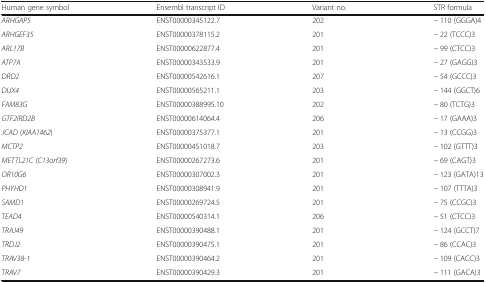
| Human gene symbol | Ensembl transcript ID | Variant no. | STR formula |
 | --- | --- | --- | --- |
 | ARHGAP5 | ENST00000345122.7 | 202 | − 110 (GGGA)4 |
 | ARHGEF35 | ENST00000378115.2 | 201 | − 22 (TCCC)3 |
 | ARL17B | ENST00000622877.4 | 201 | − 99 (CTCC)3 |
 | ATP7A | ENST00000343533.9 | 201 | − 27 (GAGG)3 |
 | DRD2 | ENST00000542616.1 | 207 | − 54 (GCCC)3 |
 | DUX4 | ENST00000565211.1 | 203 | − 144 (GGCT)6 |
 | FAM83G | ENST00000388995.10 | 202 | − 80 (TCTG)3 |
 | GTF2IRD2B | ENST00000614064.4 | 206 | − 17 (GAAA)3 |
 | JCAD (KIAA1462) | ENST00000375377.1 | 201 | − 13 (CCGG)3 |
 | MCTP2 | ENST00000451018.7 | 203 | − 102 (GTTT)3 |
 | METTL21C (C13orf39) | ENST00000267273.6 | 201 | − 69 (CAGT)3 |
 | OR10G6 | ENST00000307002.3 | 201 | − 123 (GATA)13 |
 | PHYHD1 | ENST00000308941.9 | 201 | − 107 (TTTA)3 |
 | SAMD1 | ENST00000269724.5 | 201 | − 75 (CCGC)3 |
 | TEAD4 | ENST00000540314.1 | 206 | − 51 (CTCC)3 |
 | TRAJ49 | ENST00000390488.1 | 201 | − 124 (GCCT)7 |
 | TRDJ2 | ENST00000390475.1 | 201 | − 86 (CCAC)3 |
 | TRAV38-1 | ENST00000390464.2 | 201 | − 109 (CACC)3 |
 | TRAV7 | ENST00000390429.3 | 201 | − 111 (GACA)3 |